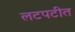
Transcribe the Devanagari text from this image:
लटपटीत